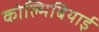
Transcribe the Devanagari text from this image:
कोल्मिबियाई